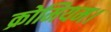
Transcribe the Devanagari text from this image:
क्रोमियम।